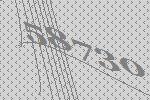
58730